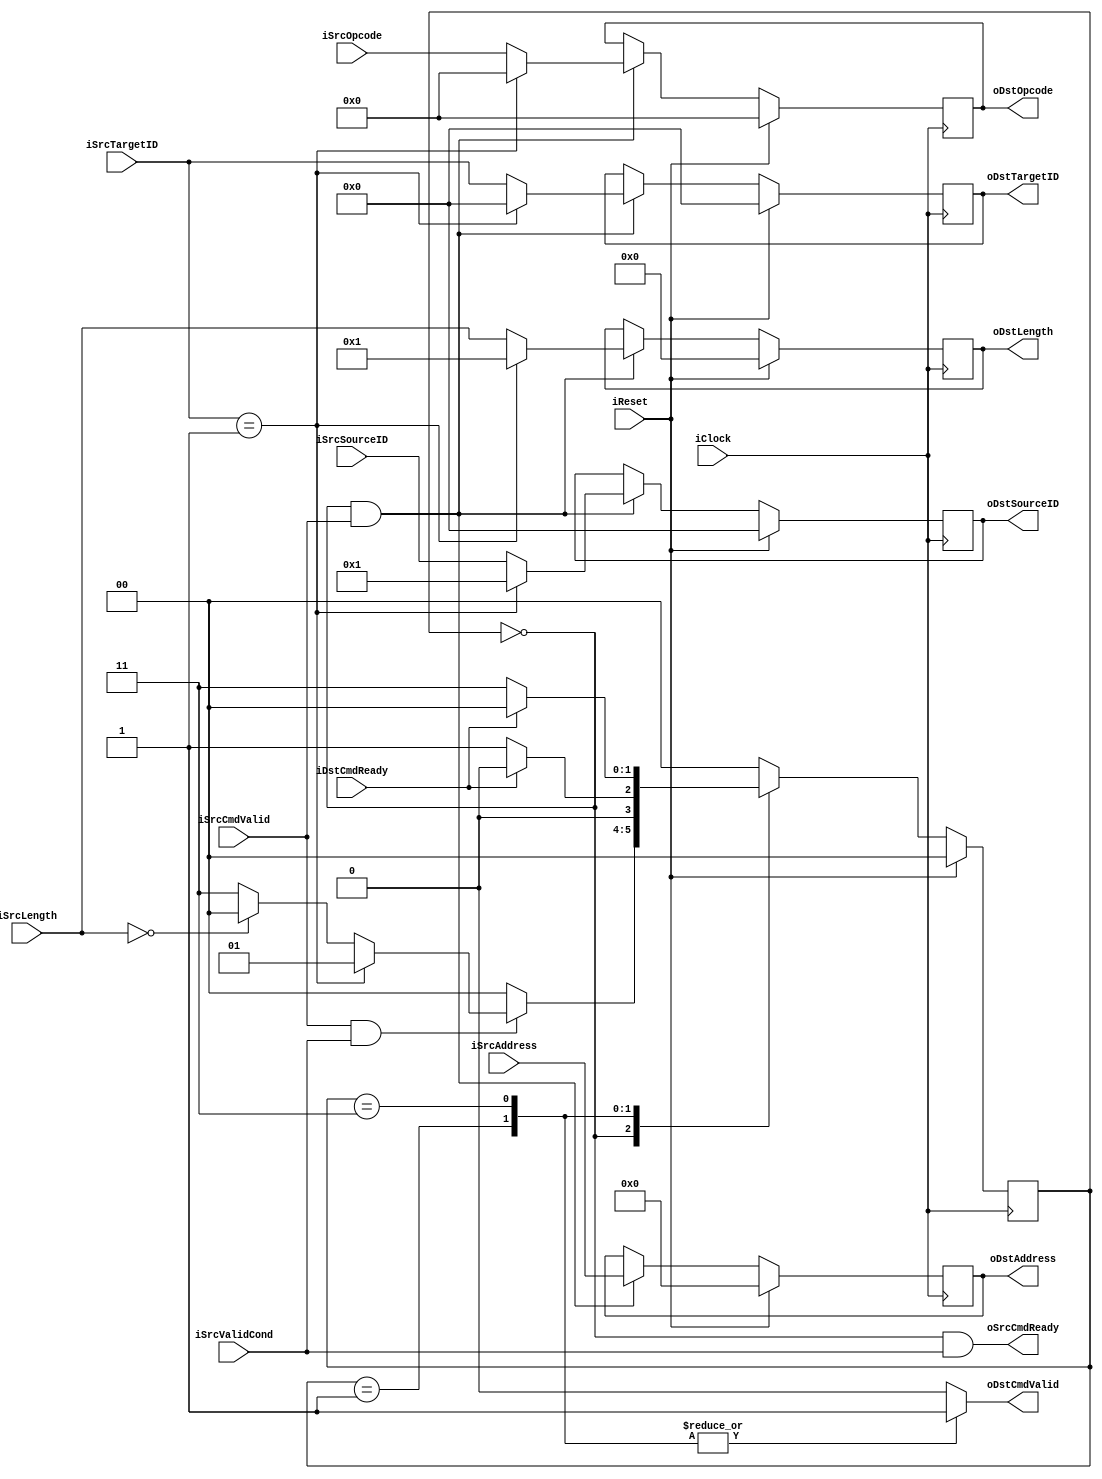
//////////////////////////////////////////////////////////////////////////////////
// CompletionCommandChannel for Cosmos OpenSSD
// Copyright (c) 2015 Hanyang University ENC Lab.
// Contributed by Kibin Park <kbpark@enc.hanyang.ac.kr>
//                Yong Ho Song <yhsong@enc.hanyang.ac.kr>
//
// This file is part of Cosmos OpenSSD.
//
// Cosmos OpenSSD is free software; you can redistribute it and/or modify
// it under the terms of the GNU General Public License as published by
// the Free Software Foundation; either version 3, or (at your option)
// any later version.
//
// Cosmos OpenSSD is distributed in the hope that it will be useful,
// but WITHOUT ANY WARRANTY; without even the implied warranty of
// MERCHANTABILITY or FITNESS FOR A PARTICULAR PURPOSE.
// See the GNU General Public License for more details.
//
// You should have received a copy of the GNU General Public License
// along with Cosmos OpenSSD; see the file COPYING.
// If not, see <http://www.gnu.org/licenses/>. 
//////////////////////////////////////////////////////////////////////////////////

//////////////////////////////////////////////////////////////////////////////////
// Company: ENC Lab. <http://enc.hanyang.ac.kr>
// 
// Project Name: Cosmos OpenSSD
// Design Name: Completion command channel
// Module Name: CompletionCommandChannel
//
// Version: v1.0.0
//
// Description: Reports completion of an operation
//
//////////////////////////////////////////////////////////////////////////////////

//////////////////////////////////////////////////////////////////////////////////
// Revision History:
//
// * v1.0.0
//   - first draft 
//////////////////////////////////////////////////////////////////////////////////
`timescale 1ns / 1ps

module CompletionCommandChannel
#
(
    parameter AddressWidth          = 32    ,
    parameter DataWidth             = 32    ,
    parameter InnerIFLengthWidth    = 16    ,
    parameter ThisID                = 1
)
(
    iClock          ,
    iReset          ,
    iSrcOpcode      ,
    iSrcTargetID    ,
    iSrcSourceID    ,
    iSrcAddress     ,
    iSrcLength      ,
    iSrcCmdValid    ,
    oSrcCmdReady    ,
    oDstOpcode      ,
    oDstTargetID    ,
    oDstSourceID    ,
    oDstAddress     ,
    oDstLength      ,
    oDstCmdValid    ,
    iDstCmdReady    ,
    iSrcValidCond
);

    input                               iClock          ;
    input                               iReset          ;
    
    // Master side
    input   [5:0]                       iSrcOpcode      ;
    input   [4:0]                       iSrcTargetID    ;
    input   [4:0]                       iSrcSourceID    ;
    input   [AddressWidth - 1:0]        iSrcAddress     ;
    input   [InnerIFLengthWidth - 1:0]  iSrcLength      ;
    input                               iSrcCmdValid    ;
    output                              oSrcCmdReady    ;
    
    // Slave side
    output  [5:0]                       oDstOpcode      ;
    output  [4:0]                       oDstTargetID    ;
    output  [4:0]                       oDstSourceID    ;
    output  [AddressWidth - 1:0]        oDstAddress     ;
    output  [InnerIFLengthWidth - 1:0]  oDstLength      ;
    output                              oDstCmdValid    ;
    input                               iDstCmdReady    ;
    
    input                               iSrcValidCond   ;
    
    reg     [5:0]                       rOpcode         ;
    reg     [4:0]                       rTargetID       ;
    reg     [4:0]                       rSourceID       ;
    reg     [AddressWidth - 1:0]        rAddress        ;
    reg     [InnerIFLengthWidth - 1:0]  rLength         ;
    reg                                 rDstCValid      ;
    
    assign oDstOpcode       = rOpcode       ;
    assign oDstTargetID     = rTargetID     ;
    assign oDstSourceID     = rSourceID     ;
    assign oDstAddress      = rAddress      ;
    assign oDstLength       = rLength       ;
    assign oDstCmdValid     = rDstCValid    ;
    
    localparam  State_Idle              = 2'b00;
    localparam  State_ReportCmpltReq    = 2'b01;
    localparam  State_ForwardReq        = 2'b11;
    reg [1:0]   rCmdChCurState  ;
    reg [1:0]   rCmdChNextState ;
    
    always @ (posedge iClock)
        if (iReset)
            rCmdChCurState <= State_Idle;
        else
            rCmdChCurState <= rCmdChNextState;
    
    always @ (*)
        case (rCmdChCurState)
        State_Idle:
            if (iSrcCmdValid && iSrcValidCond)
            begin
                if (iSrcTargetID == ThisID)
                    rCmdChNextState <= State_ReportCmpltReq;
                else if (iSrcLength == 0)
                    rCmdChNextState <= State_Idle;
                else
                    rCmdChNextState <= State_ForwardReq;
            end
            else
                rCmdChNextState <= State_Idle;
        State_ReportCmpltReq:
            rCmdChNextState <= (iDstCmdReady)?State_Idle:State_ReportCmpltReq;
        State_ForwardReq:
            rCmdChNextState <= (iDstCmdReady)?State_Idle:State_ForwardReq;
        default:
            rCmdChNextState <= State_Idle;
        endcase
    
    assign oSrcCmdReady = (rCmdChCurState == State_Idle) && (iSrcValidCond);
    
    always @ (posedge iClock)
        if (iReset)
        begin
            rOpcode     <= 6'b0;
            rTargetID   <= 5'b0;
            rSourceID   <= 5'b0;
            rAddress    <= {(AddressWidth){1'b0}};
            rLength     <= {(InnerIFLengthWidth){1'b0}};
        end
        else
        begin
            if (rCmdChCurState == State_Idle && iSrcCmdValid)
            begin
                if (iSrcTargetID == ThisID)
                begin
                    rOpcode     <= 6'b0         ;
                    rTargetID   <= 5'b0         ;
                    rSourceID   <= ThisID       ;
                    rAddress    <= iSrcAddress  ;
                    rLength     <= 1            ;
                end
                else
                begin
                    rOpcode     <= iSrcOpcode   ;
                    rTargetID   <= iSrcTargetID ;
                    rSourceID   <= iSrcSourceID ;
                    rAddress    <= iSrcAddress  ;
                    rLength     <= iSrcLength   ;
                end
            end
        end
    
    always @ (*)
        case (rCmdChCurState)
        State_ReportCmpltReq:
            rDstCValid <= 1'b1;
        State_ForwardReq:
            rDstCValid <= 1'b1;
        default:
            rDstCValid <= 1'b0;
        endcase

endmodule